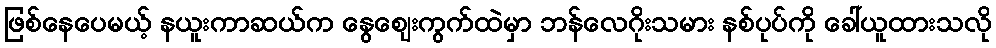
ဖြစ်နေပေမယ့် နယူးကာဆယ်က နွေစျေးကွက်ထဲမှာ ဘန်လေဂိုးသမား နစ်ပုပ်ကို ခေါ်ယူထားသလို